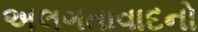
અલગતાવાદનો